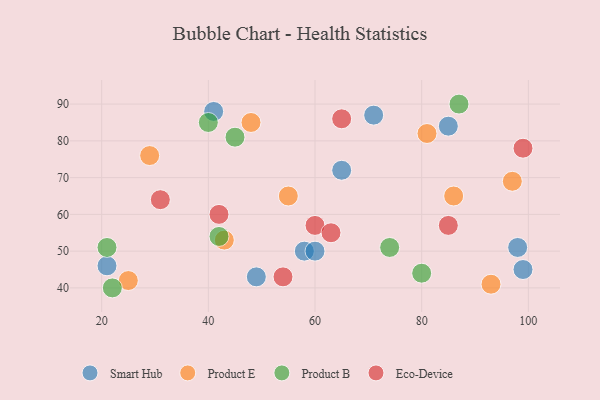
{"axis": {"x": "GDP", "y": "Life Expectancy"}, "legend": ["Eco-Device", "Product B", "Product E", "Smart Hub"], "data": [{"x": "71", "y": 87, "type": "Smart Hub"}, {"x": "58", "y": 50, "type": "Smart Hub"}, {"x": "21", "y": 46, "type": "Smart Hub"}, {"x": "98", "y": 51, "type": "Smart Hub"}, {"x": "60", "y": 50, "type": "Smart Hub"}, {"x": "49", "y": 43, "type": "Smart Hub"}, {"x": "65", "y": 72, "type": "Smart Hub"}, {"x": "85", "y": 84, "type": "Smart Hub"}, {"x": "41", "y": 88, "type": "Smart Hub"}, {"x": "99", "y": 45, "type": "Smart Hub"}, {"x": "48", "y": 85, "type": "Product E"}, {"x": "93", "y": 41, "type": "Product E"}, {"x": "55", "y": 65, "type": "Product E"}, {"x": "43", "y": 53, "type": "Product E"}, {"x": "97", "y": 69, "type": "Product E"}, {"x": "25", "y": 42, "type": "Product E"}, {"x": "29", "y": 76, "type": "Product E"}, {"x": "86", "y": 65, "type": "Product E"}, {"x": "81", "y": 82, "type": "Product E"}, {"x": "22", "y": 40, "type": "Product B"}, {"x": "87", "y": 90, "type": "Product B"}, {"x": "42", "y": 54, "type": "Product B"}, {"x": "74", "y": 51, "type": "Product B"}, {"x": "45", "y": 81, "type": "Product B"}, {"x": "21", "y": 51, "type": "Product B"}, {"x": "80", "y": 44, "type": "Product B"}, {"x": "40", "y": 85, "type": "Product B"}, {"x": "85", "y": 57, "type": "Eco-Device"}, {"x": "99", "y": 78, "type": "Eco-Device"}, {"x": "60", "y": 57, "type": "Eco-Device"}, {"x": "65", "y": 86, "type": "Eco-Device"}, {"x": "54", "y": 43, "type": "Eco-Device"}, {"x": "31", "y": 64, "type": "Eco-Device"}, {"x": "42", "y": 60, "type": "Eco-Device"}, {"x": "63", "y": 55, "type": "Eco-Device"}]}